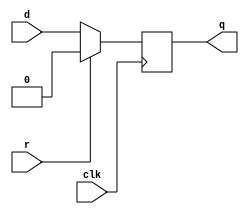
// From Stanford's EE108 library; I might take this down.
// I used it for class and for this summer, but it's definitely not my work.
// It might be helpful to Greig (who I'm sure could write his own flip-flop.)

module dffr #(parameter WIDTH = 1) (
    input clk,
    input r,
    input [WIDTH-1:0] d,
    output reg [WIDTH-1:0] q
);

    always @ (posedge clk) 
        if (r) 
            q <= {WIDTH{1'b0}};
        else
            q <= d;

endmodule